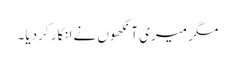
مگر میری آنکھوں نےانکار کردیا۔